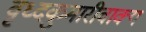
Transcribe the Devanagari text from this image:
वृध्दकुमारीवाक्य